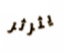
يثرثر